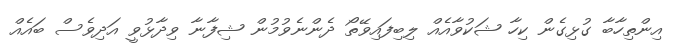
އިންތިހާބާ ގުޅިގެން ކިހާ ޝަކުވާއެއް ލިބިފައިވޭތޯ ދެންނެވުމުން ޝިފާނާ ވިދާޅުވީ އަދިވެސް ބައެއް